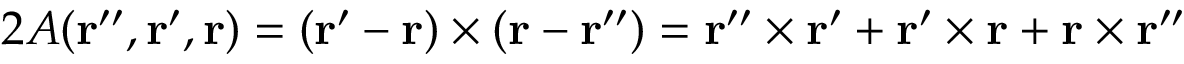
2 A ( { \bf r ^ { \prime \prime } } , { \bf r ^ { \prime } } , { \bf r } ) = ( { \bf r } ^ { \prime } - { \bf r } ) \times ( { \bf r } - { \bf r } ^ { \prime \prime } ) = { \bf r } ^ { \prime \prime } \times { \bf r } ^ { \prime } + { \bf r } ^ { \prime } \times { \bf r } + { \bf r } \times { \bf r } ^ { \prime \prime }